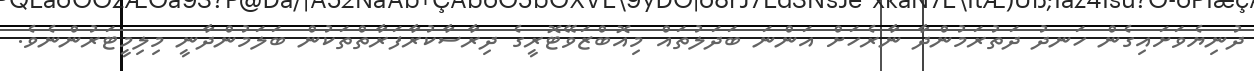
ދުނިޔެވަށައިގެން ހަނދު ދަތުރަމުންދާ ނާރެހަށް އަންނަ ބަދަލުތައް މިއޮބްޒަވޭޓޮރީގެ ދިރާސާކުރާފަރާތްތަކުން ބަލަމުންދާނީ މިލިމީޓަރުންނެވެ.